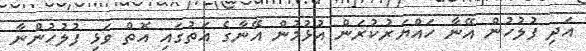
އަދި ފުލުހުން އޭނާ ހައްޔަރުކުރަން އުޅުމުން އޭނާގެ އަތުގައި އޮތް ވަޅި ފުލުހުންނާ